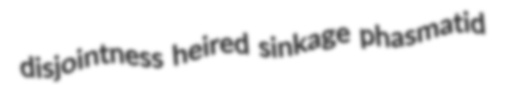
disjointness heired sinkage phasmatid